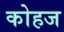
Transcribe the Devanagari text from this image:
कोहज